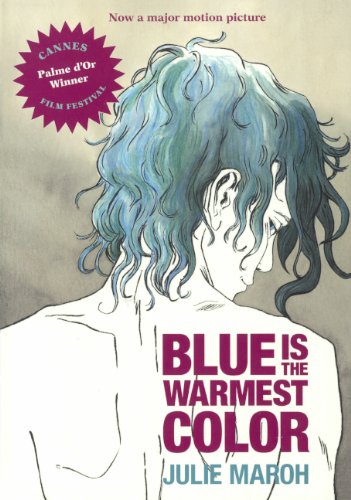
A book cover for Blue Is The Warmest Color (Turtleback School & Library Binding Edition); Julie Maroh; Comics & Graphic Novels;